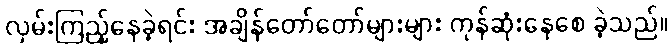
လှမ်းကြည့်နေခဲ့ရင်း အချိန်တော်တော်များများ ကုန်ဆုံးနေစေ ခဲ့သည်။